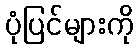
ပုံပြင်များကို